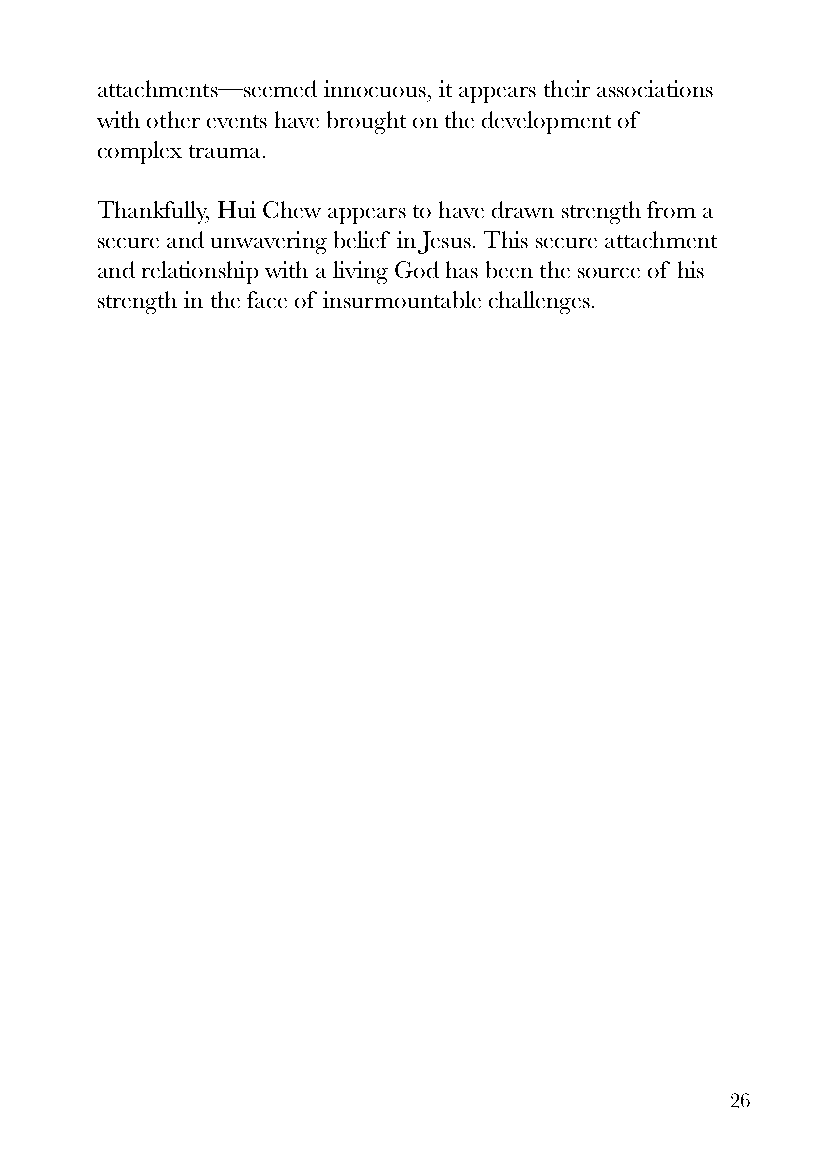
attachments—seemed innocuous, it appears their associations
 with other events have brought on the development of
 complex trauma.
 Thankfully, Hui Chew appears to have drawn strength from a
 secure and unwavering belief in Jesus. This secure attachment
 and relationship with a living God has been the source of his
 strength in the face of insurmountable challenges.
 26